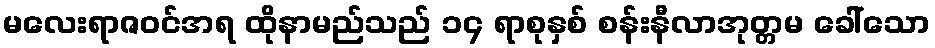
မလေးရာဇဝင်အရ ထိုနာမည်သည် ၁၄ ရာစုနှစ် စန်းနီလာအုတ္တမ ခေါ်သော